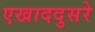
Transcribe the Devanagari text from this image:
एखाददुसरे